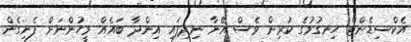
އެކްސިޑެންޓް ހިނގުމުގެ ކުރިން ވެސް އޭނާ ނިދިފައި އިންދާ ބައެއް މީހުންނަށް ފެނިގެން